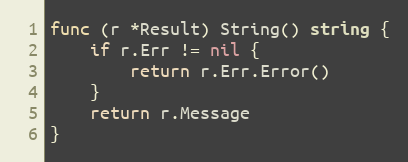
Language: Go
func (r *Result) String() string {
	if r.Err != nil {
		return r.Err.Error()
	}
	return r.Message
}